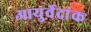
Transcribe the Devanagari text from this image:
आयुर्वेदांक